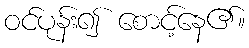
ဝင်ပုန်း၍ စောင့်နေ၏။